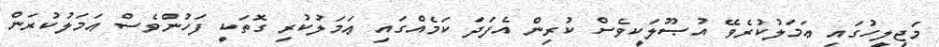
މަޖިލީހުގައި ޢަމަލުކުރެވޭ އުޞޫލަކީވެސް ކުރިން އެފަދަ ކަމެއްގައި ޢަމަލުކުރި ގޮތަކީ ފަހުންވެސް ޢަމަލުކުރަން